Lunatic asylums United Provinces 1899-1908 - 1899-1908
Year: 1899
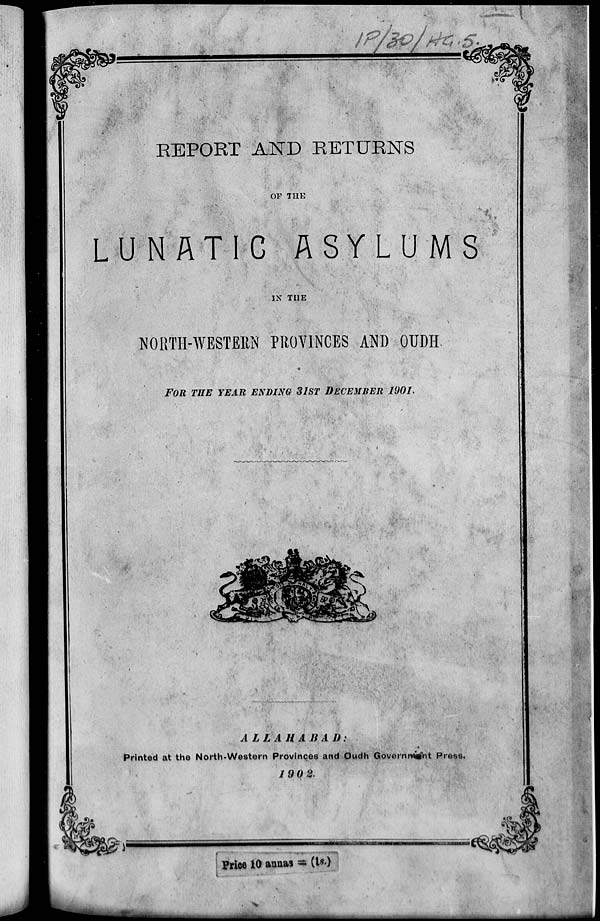
REPORT AND RETURNS
OF THE
LUNATIC
ASYLUMS
IN THE
NORTH-WESTERN PROVINCES AND OUDH
FOR THE YEAR ENDING 31ST DECEMBER 1901.
ALLAHABAD
Printed at the North-Western Province and Oudh Government.
1902.
Price 10 annas = (1s.)